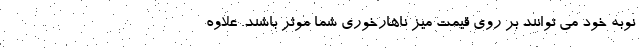
نوبه خود می توانند بر روی قیمت میز ناهارخوری شما موثر باشند. علاوه